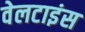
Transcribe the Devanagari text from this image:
वेलटाइंस